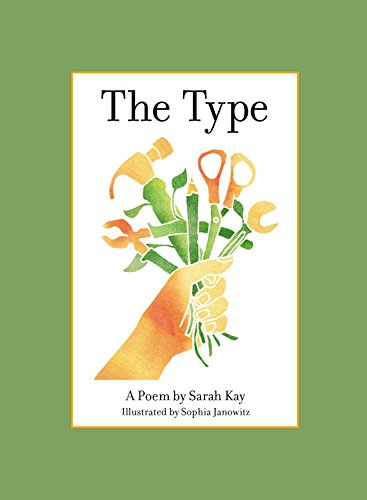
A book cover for The Type; Sarah Kay; Literature & Fiction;